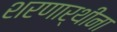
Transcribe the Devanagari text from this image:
शरणार्थींना